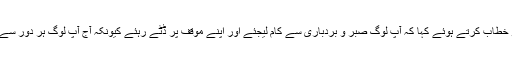
سید حسن نصراللہ نے یمنی عوام کو خطاب کرتے ہوئے کہا کہ آپ لوگ صبر و بردباری سے کام لیجئے اور اپنے موقف پر ڈٹے رہئے کیونکہ آج آپ لوگ ہر دور سے زیادہ فتح و کامیابی کے قریب ہیں۔